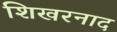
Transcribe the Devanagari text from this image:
शिखरनाद